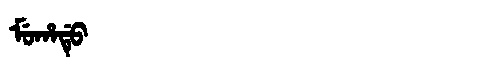
Manchu: ᠮᡠᡥᠠᡩᡠ
Romanization: MUHADU